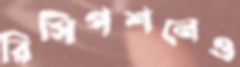
রিসিপশনেও